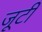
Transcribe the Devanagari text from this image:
जूटी